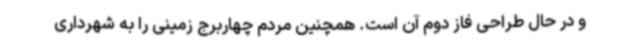
و در حال طراحی فاز دوم آن است. همچنین مردم چهاربرج زمینی را به شهرداری